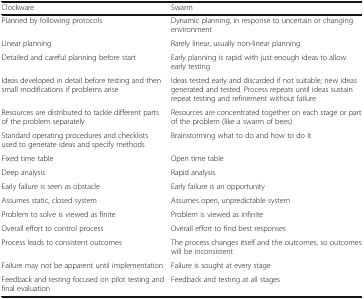
<table><thead><tr><td><b>Clockware</b></td><td><b>Swarm</b></td></tr></thead><tbody><tr><td>Planned by following protocols</td><td>Dynamic planning, in response to uncertain or changing environment</td></tr><tr><td>Linear planning</td><td>Rarely linear, usually non-linear planning</td></tr><tr><td>Detailed and careful planning before start</td><td>Early planning is rapid with just enough ideas to allow early testing</td></tr><tr><td>Ideas developed in detail before testing and then small modifications if problems arise</td><td>Ideas tested early and discarded if not suitable; new ideas generated and tested. Process repeats until ideas sustain repeat testing and refinement without failure</td></tr><tr><td>Resources are distributed to tackle different parts of the problem separately</td><td>Resources are concentrated together on each stage or part of the problem (like a swarm of bees)</td></tr><tr><td>Standard operating procedures and checklists used to generate ideas and specify methods</td><td>Brainstorming what to do and how to do it</td></tr><tr><td>Fixed time table</td><td>Open time table</td></tr><tr><td>Deep analysis</td><td>Rapid analysis</td></tr><tr><td>Early failure is seen as obstacle</td><td>Early failure is an opportunity</td></tr><tr><td>Assumes static, closed system</td><td>Assumes open, unpredictable system</td></tr><tr><td>Problem to solve is viewed as finite</td><td>Problem is viewed as infinite</td></tr><tr><td>Overall effort to control process</td><td>Overall effort to find best responses</td></tr><tr><td>Process leads to consistent outcomes</td><td>The process changes itself and the outcomes, so outcomes will be inconsistent</td></tr><tr><td>Failure may not be apparent until implementation</td><td>Failure is sought at every stage</td></tr><tr><td>Feedback and testing focused on pilot testing and final evaluation</td><td>Feedback and testing at all stages</td></tr></tbody></table>